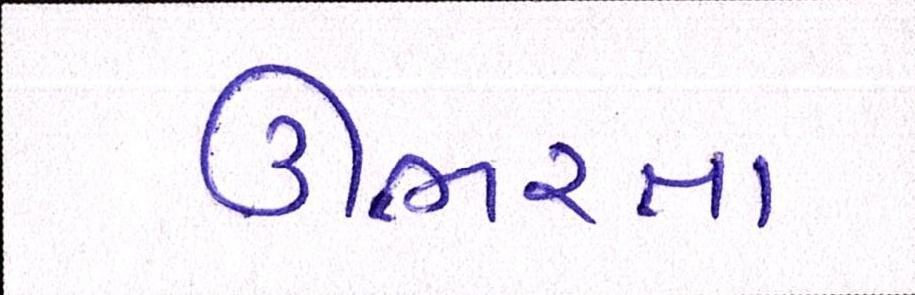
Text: ઊભરતા